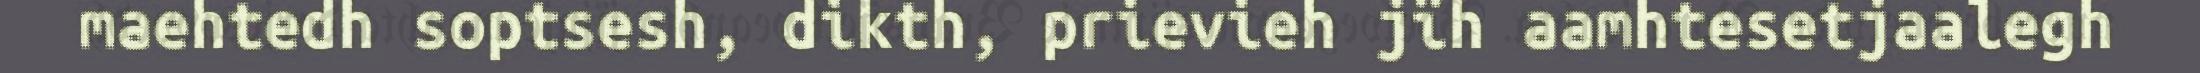
maehtedh soptsesh, dikth, prievieh jïh aamhtesetjaalegh